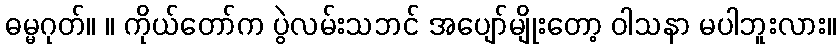
ဓမ္မဂုတ်။ ။ ကိုယ်တော်က ပွဲလမ်းသဘင် အပျော်မျိုးတော့ ဝါသနာ မပါဘူးလား။